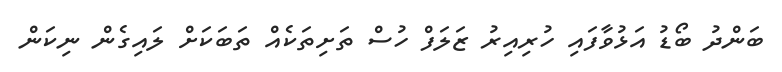
ބަންދު ބޯޑު އަޅުވާފައި ހުރިއިރު ޒަލަފް ހުސް ތަށިތަކެއް ތަބަކަށް ލައިގެން ނިކަން